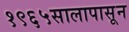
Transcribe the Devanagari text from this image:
१९६५सालापासून